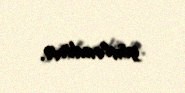
yönləndirir.